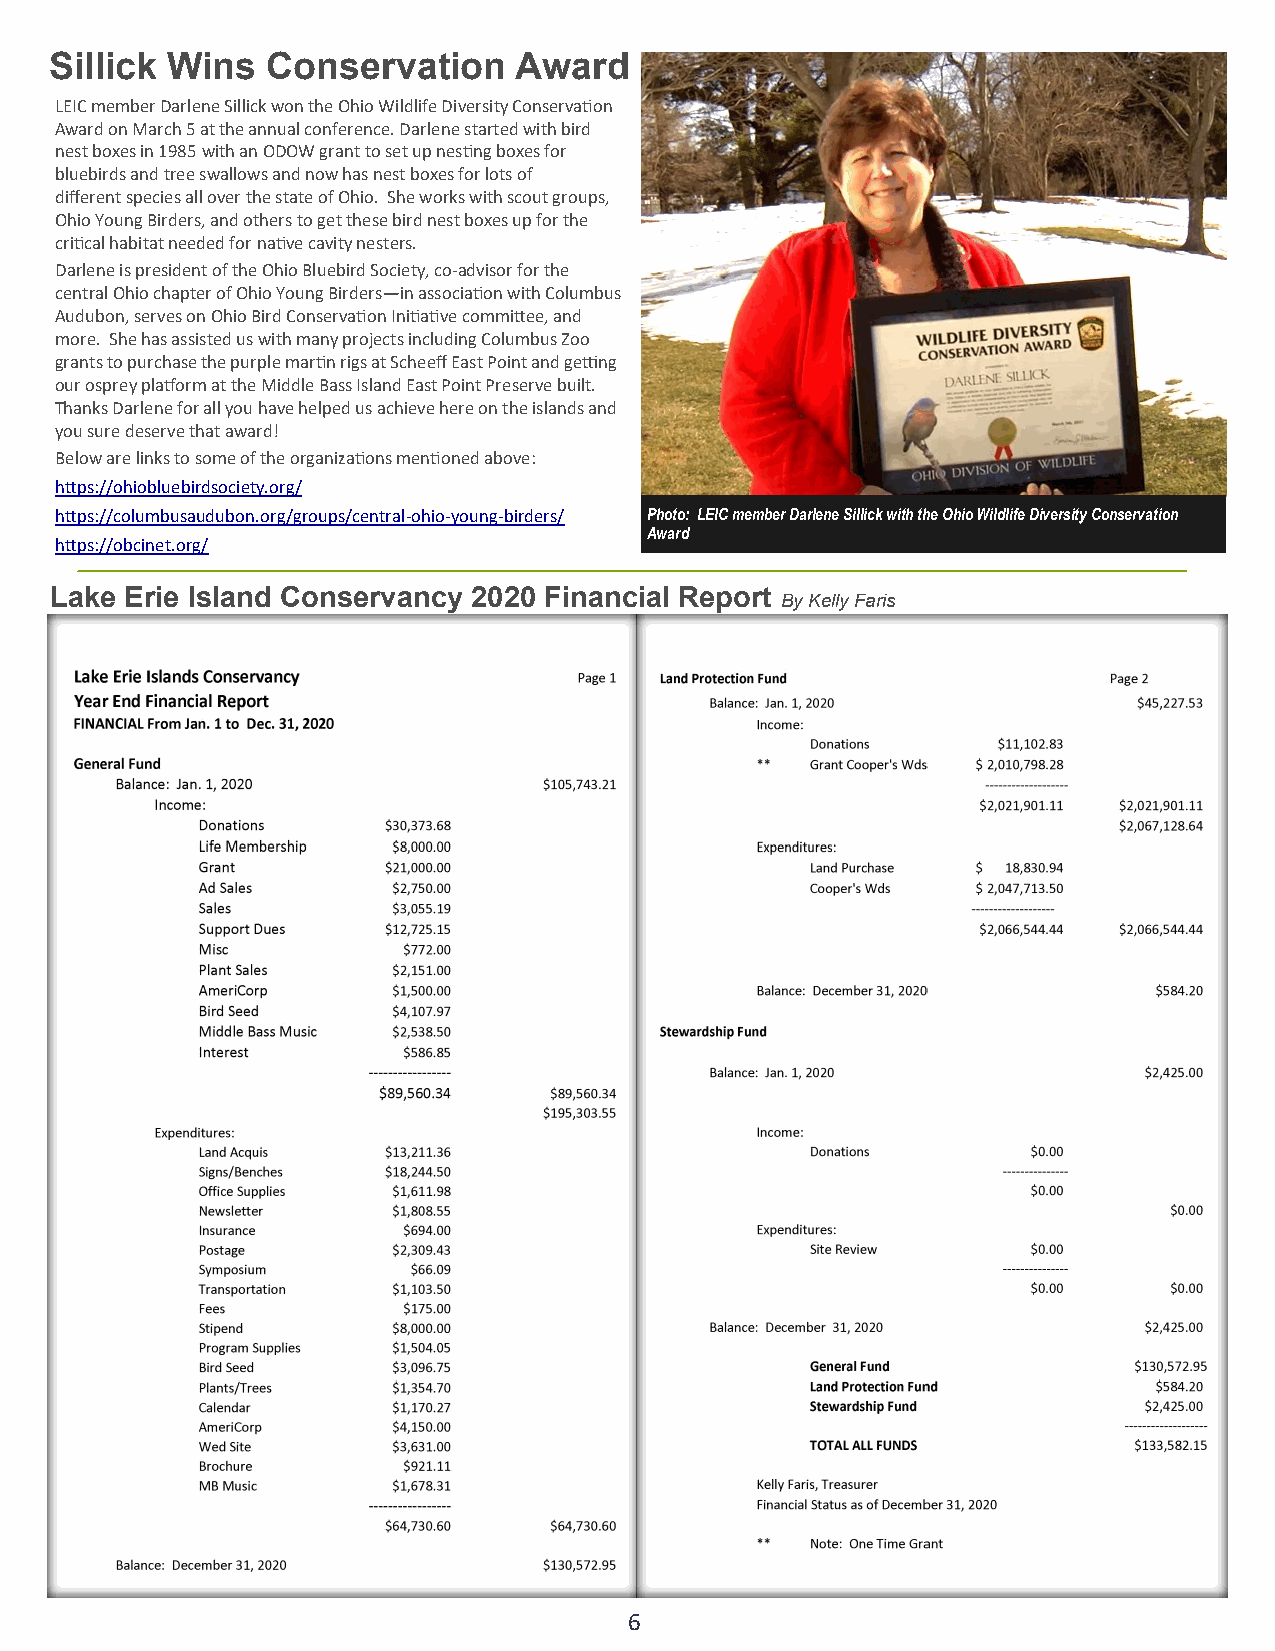
Sillick Wins   Conservation    Award
 LEIC member Darlene Sillick won the Ohio Wildlife Diversity Conservation
 Award on March 5 at the annual conference. Darlene started with bird
 nest boxes in 1985 with an ODOW grant to set up nesting boxes for
 bluebirds and tree swallows and now has nest boxes for lots of
 different species all over the state of Ohio. She works with scout groups,
 Ohio Young Birders, and others to get these bird nest boxes up for the
 critical habitat needed for native cavity nesters.
 Darlene is president of the Ohio Bluebird Society, co-advisor for the
 central Ohio chapter of Ohio Young Birders—in association with Columbus
 Audubon, serves on Ohio Bird Conservation Initiative committee, and
 more. She has assisted us with many projects including Columbus Zoo
 grants to purchase the purple martin rigs at Scheeff East Point and getting
 our osprey platform at the Middle Bass Island East Point Preserve built.
 Thanks Darlene for all you have helped us achieve here on the islands and
 you sure deserve that award!
 Below are links to some of the organizations mentioned above:
 https://ohiobluebirdsociety.org/
 https://columbusaudubon.org/groups/central-ohio-young-birders/ Photo: LEIC member Darlene Sillick with the Ohio Wildlife Diversity Conservation
 Award
 https://obcinet.org/
 Lake Erie Island Conservancy 2020 Financial Report
 By Kelly Faris
 6